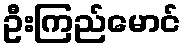
ဦးကြည်မောင်